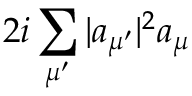
2 i \sum _ { \mu ^ { \prime } } | a _ { \mu ^ { \prime } } | ^ { 2 } a _ { \mu }